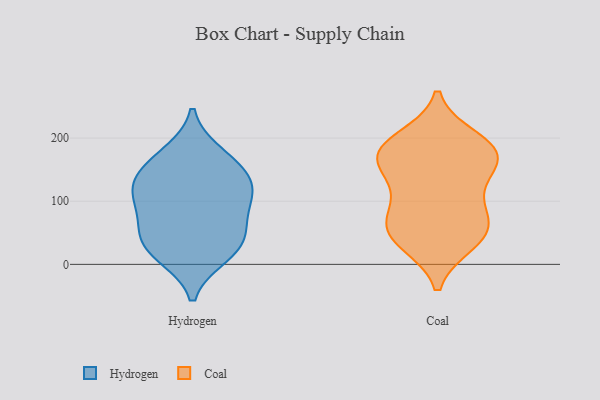
{"axis": {"x": "Market Share (%)", "y": "Value"}, "legend": ["Coal", "Hydrogen"], "data": [{"x": "", "y": 37, "type": "Hydrogen"}, {"x": "", "y": 20, "type": "Hydrogen"}, {"x": "", "y": 175, "type": "Hydrogen"}, {"x": "", "y": 125, "type": "Hydrogen"}, {"x": "", "y": 139, "type": "Hydrogen"}, {"x": "", "y": 93, "type": "Hydrogen"}, {"x": "", "y": 123, "type": "Hydrogen"}, {"x": "", "y": 66, "type": "Hydrogen"}, {"x": "", "y": 106, "type": "Hydrogen"}, {"x": "", "y": 46, "type": "Hydrogen"}, {"x": "", "y": 14, "type": "Hydrogen"}, {"x": "", "y": 163, "type": "Hydrogen"}, {"x": "", "y": 182, "type": "Coal"}, {"x": "", "y": 198, "type": "Coal"}, {"x": "", "y": 175, "type": "Coal"}, {"x": "", "y": 180, "type": "Coal"}, {"x": "", "y": 81, "type": "Coal"}, {"x": "", "y": 44, "type": "Coal"}, {"x": "", "y": 78, "type": "Coal"}, {"x": "", "y": 174, "type": "Coal"}, {"x": "", "y": 119, "type": "Coal"}, {"x": "", "y": 35, "type": "Coal"}, {"x": "", "y": 58, "type": "Coal"}, {"x": "", "y": 45, "type": "Coal"}, {"x": "", "y": 165, "type": "Coal"}, {"x": "", "y": 140, "type": "Coal"}]}